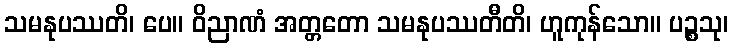
သမနုပဿတိ၊ ပေ။ ဝိညာဏံ အတ္တတော သမနုပဿတီတိ၊ ဟူကုန်သော။ ပဉ္စသု၊